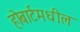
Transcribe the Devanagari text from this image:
होबार्टमधील